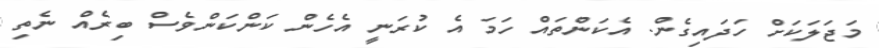
މަޖަލަކަށް ހަދައިގެން. އެކަންތައް ހަމަ އެ ކުރަނީ އެހެން ކަންކަންވެސް ބިރެއް ނެތި